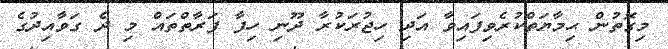
މިގޮތުން ޙިމާޔަތްކުރެވިފައިިވާ އަދި ހިޖުރަކުރާ ދޫނި ހިފާ ފަރާތްތައް މި ދެ ގަވާއިދުގެ